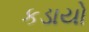
કડાયો